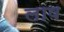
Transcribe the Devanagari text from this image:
लाष